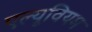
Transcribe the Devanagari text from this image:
एल्यूवियम